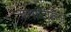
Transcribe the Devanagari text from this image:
ग्रामाटिसिज